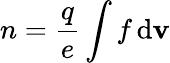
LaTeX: n=\frac{q}{e}\int f\, \textnormal{d}{\mathbf v}